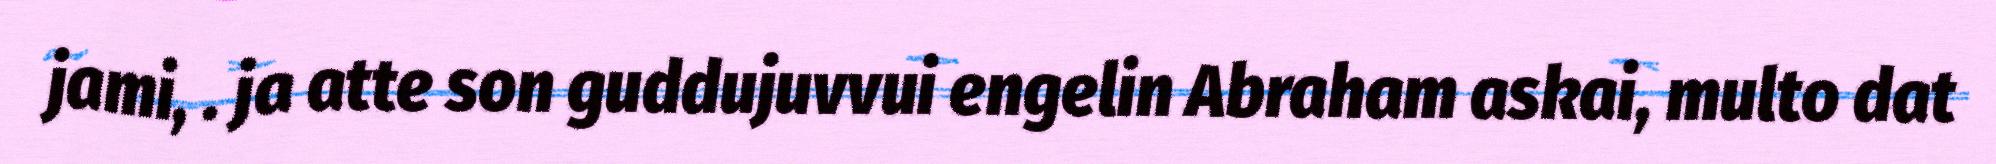
jami, . ja atte son guddujuvvui engelin Abraham askai, multo dat